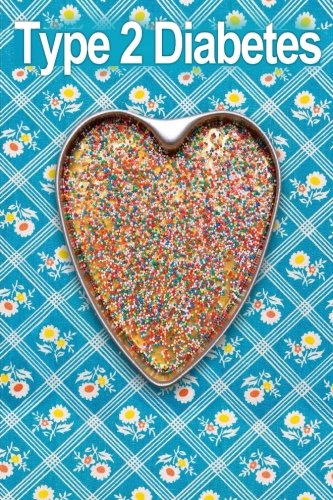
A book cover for Type 2 Diabetes: Take Control Of Your Blood Sugar Level Naturally With 39 High Fiber, Healthy Carb Diabetes Recipes-Maintain Healthy Blood Sugar And ... Cookbook, Diabetes Diet Plan) (Volume 7); Kerry Albertson; Health, Fitness & Dieting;